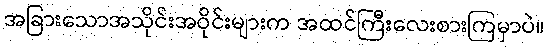
အခြားသောအသိုင်းအဝိုင်းများက အထင်ကြီးလေးစားကြမှာပဲ။